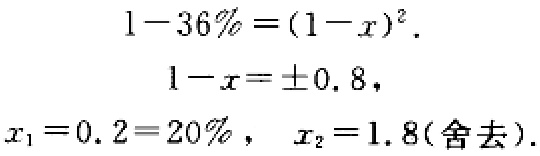
\[
\begin{align*}
1 - 36\%&=(1 - x)^2.\\
1 - x&=\pm0.8,\\
x_1 = 0.2&=20\%,\ \ x_2 = 1.8(\text{舍去}).
\end{align*}
\]